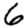
Digit: 6